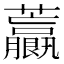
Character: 𧅋